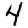
Digit: 4